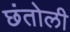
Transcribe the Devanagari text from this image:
छंतोली